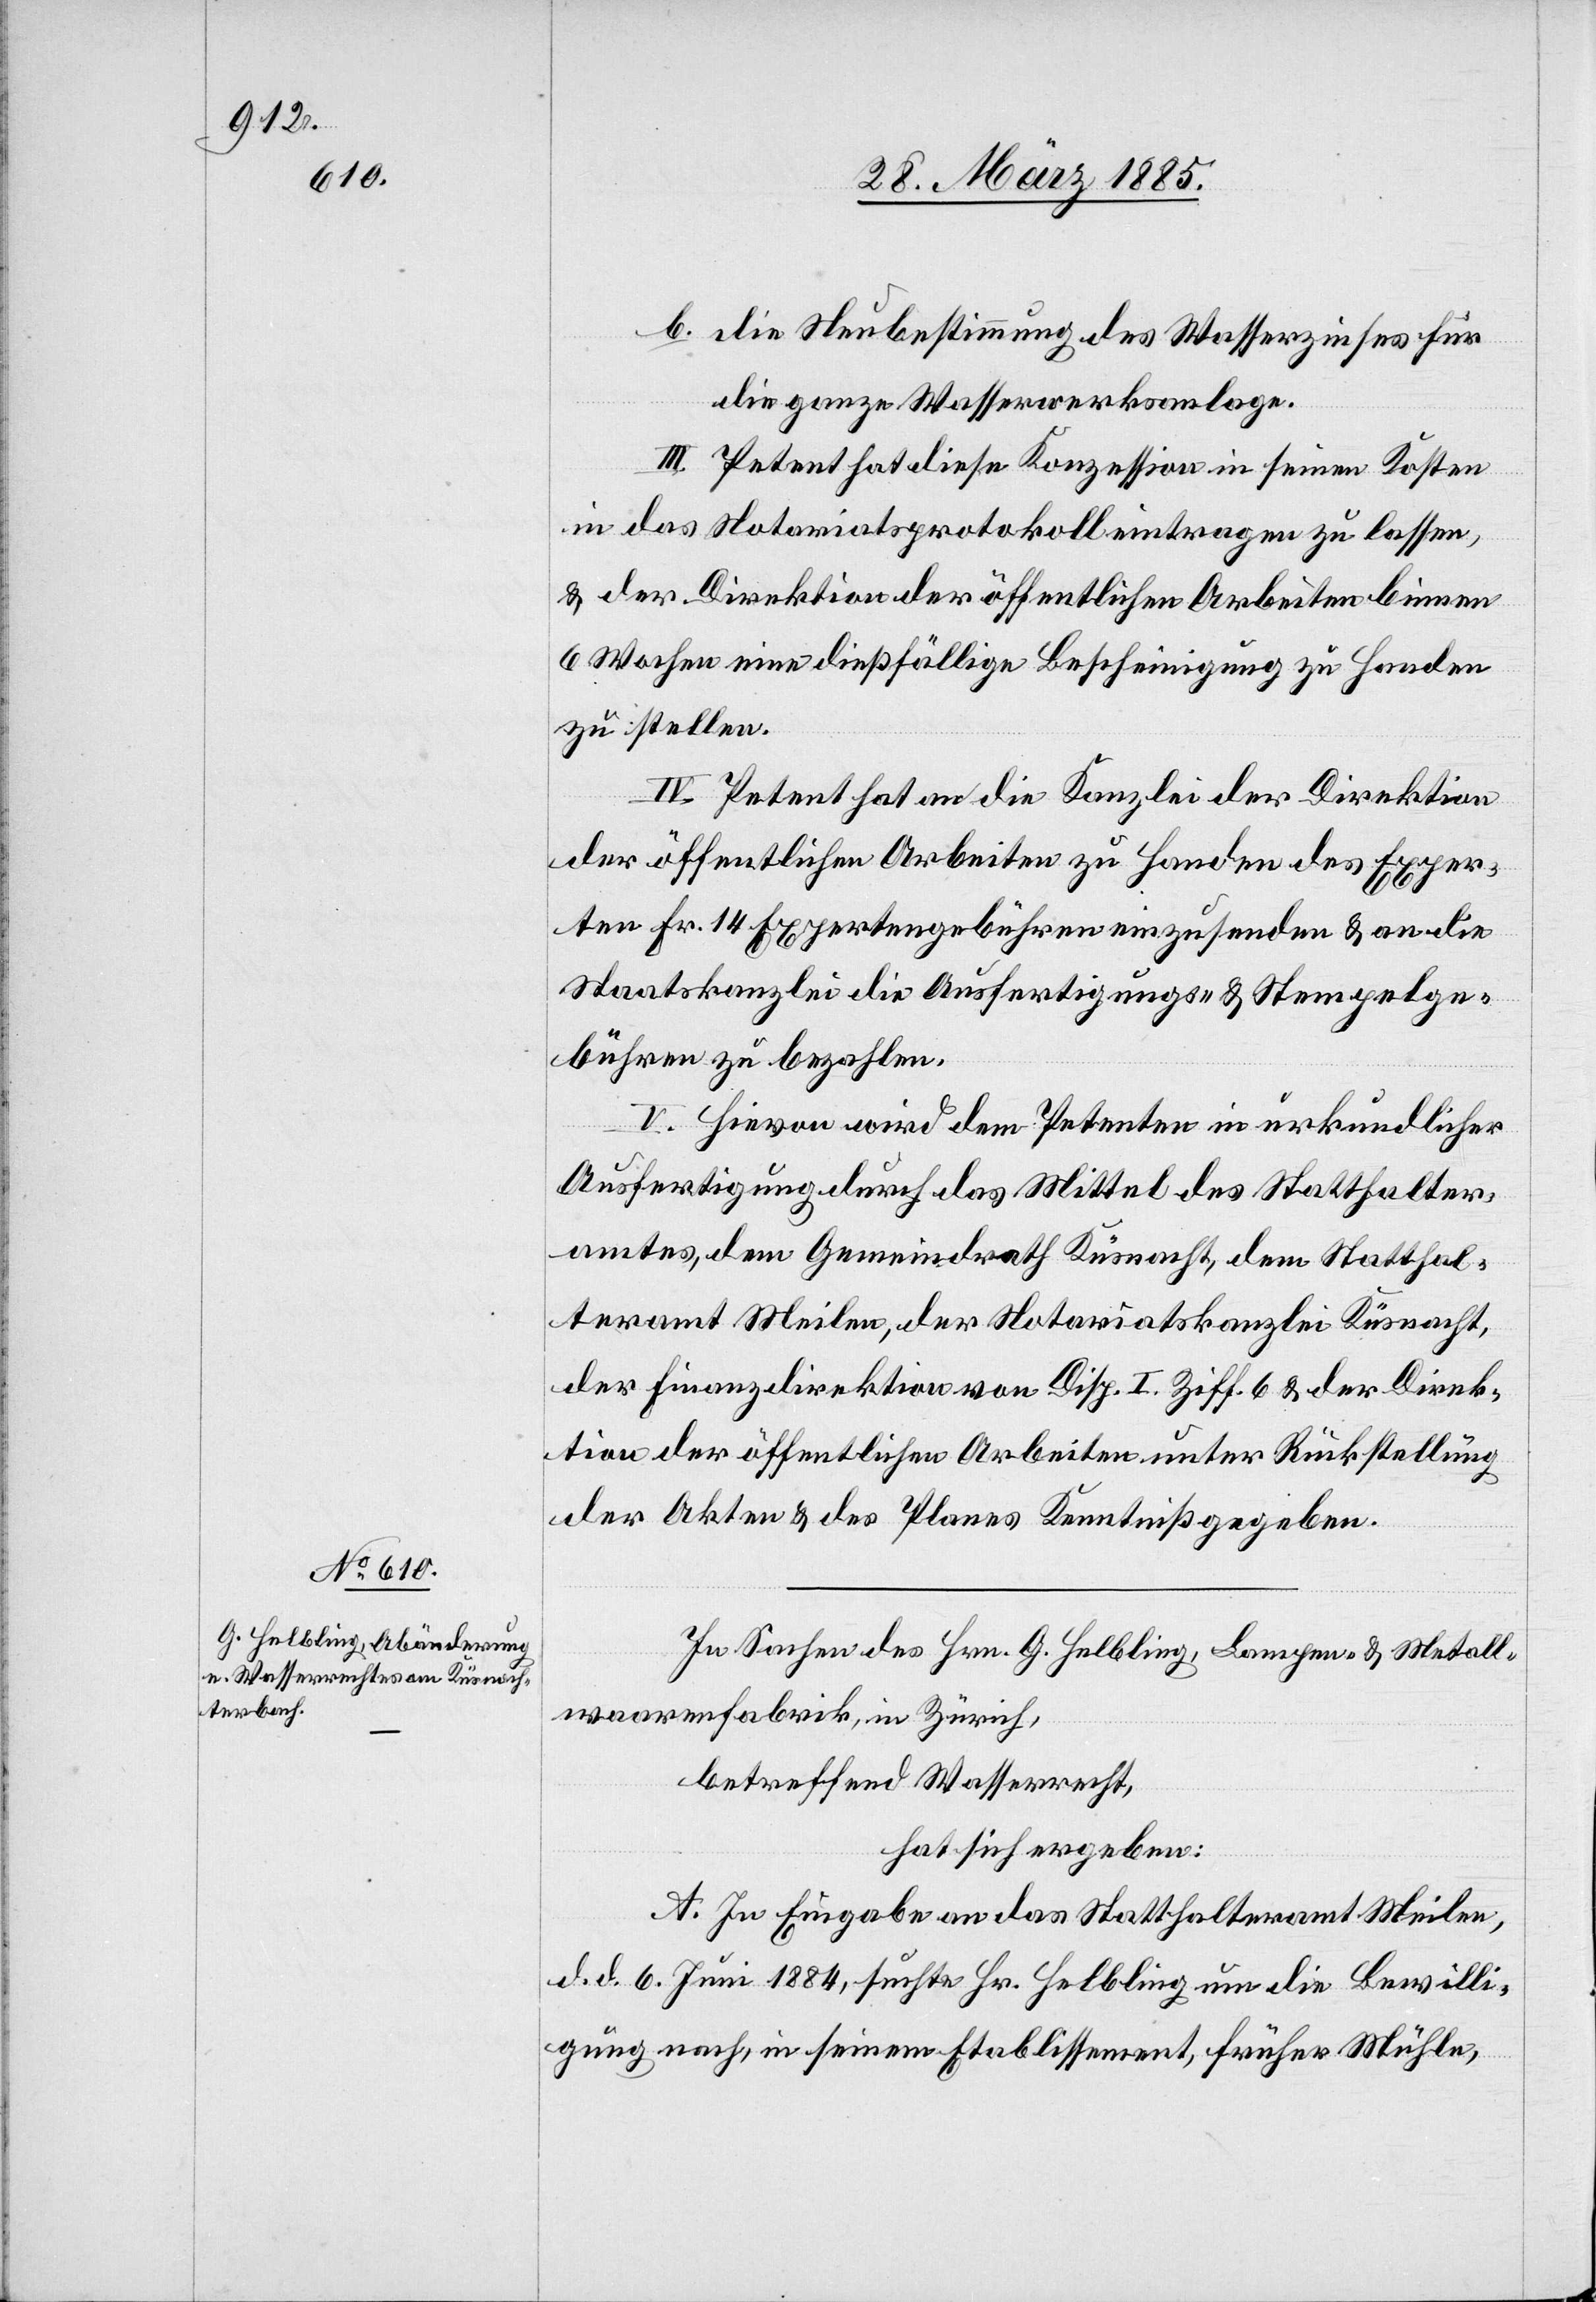
b. die Neubestimmung des Wasserzinses für
die ganze Wasserwerksanlage.
III. Petent hat diese Konzession in seinen Kosten
in das Notariatsprotokoll eintragen zu lassen,
& der Direktion der öffentlichen Arbeiten binnen
6 Wochen eine dießfällige Bescheinigung zu Handen
zu stellen.
IV. Petent hat an die Kanzlei der Direktion
der öffentlichen Arbeiten zu Handen des Exper¬
ten Fr. 14 Expertengebühren einzusenden & an die
Staatskanzlei die Ausfertigungs- & Stempelge¬
bühren zu bezahlen.
V. Hievon wird dem Petenten in urkundlicher
Ausfertigung durch das Mittel des Statthalter¬
amtes, dem Gemeindrath Küsnacht, dem Statthal¬
teramt Meilen, der Notariatskanzlei Küsnacht,
der Finanzdirektion von Disp. I. Ziff. 6 & der Direk¬
tion der öffentlichen Arbeiten unter Rückstellung
der Akten & des Planes Kenntniß gegeben.
In Sachen des Hrn. G. Helbling, Lampen- & Metall¬
waarenfabrik, in Zürich,
betreffend Wasserrecht,
hat sich ergeben:
A. In Eingabe an das Statthalteramt Meilen,
d. d. 6. Juni 1884, suchte Hr. Helbling um die Bewilli¬
gung nach, in seinem Etablissement, früher Mühle,